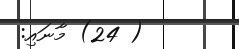
( 24) މާނައި: